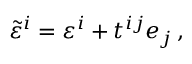
\tilde { \varepsilon } ^ { i } = \varepsilon ^ { i } + t ^ { i j } e _ { j } \, ,